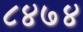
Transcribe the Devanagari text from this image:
८४७४